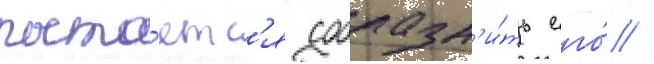
пыта́етс'я соблазн'и́ть его́ //